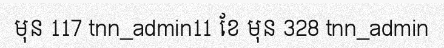
មុន 117 tnn_admin11 ខែ មុន 328 tnn_admin